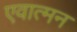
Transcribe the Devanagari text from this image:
एवात्मन